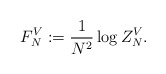
\begin{align*}F_N^V := \frac{1}{N^2} \log Z_N^V.\end{align*}